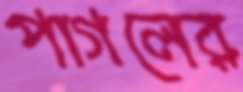
পাগলের